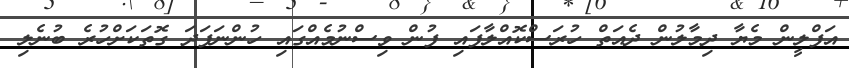
އަފްލީން މެޔާ ދިމާލުން ދެއަތް ހުރަސްކޮއްލާފައި ފުން ވިސްނުމެއްގައި ހުންނަފަދަ ގޮތަކަށްހުރެ ބުނެލި